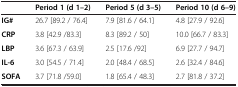
<table><thead><tr><td><b> </b></td><td><b>Period 1 (d 1–2)</b></td><td><b>Period 5 (d 3–5)</b></td><td><b>Period 10 (d 6–9)</b></td></tr></thead><tbody><tr><td><b>IG#</b></td><td>26.7 [89.2 / 76.4]</td><td>7.9 [81.6 / 64.1]</td><td>4.8 [27.9 / 92.6]</td></tr><tr><td><b>CRP</b></td><td>3.8 [42.9 /83.3]</td><td>8.3 [89.2 / 50]</td><td>10.0 [66.7 / 83.3]</td></tr><tr><td><b>LBP</b></td><td>3.6 [67.3 / 63.9]</td><td>2.5 [17.6 /92]</td><td>6.9 [27.7 / 94.7]</td></tr><tr><td><b>IL-6</b></td><td>3.0 [54.5 / 71.4]</td><td>2.0 [48.4 / 68.5]</td><td>2.6 [32.4 / 84.6]</td></tr><tr><td><b>SOFA</b></td><td>3.7 [71.8 /59.0]</td><td>1.8 [65.4 / 48.3]</td><td>2.7 [81.8 / 37.2]</td></tr></tbody></table>